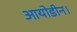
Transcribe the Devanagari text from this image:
आयोडीन।